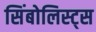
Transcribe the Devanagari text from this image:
सिंबोलिस्ट्स